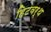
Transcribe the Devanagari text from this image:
हिटवर्थ